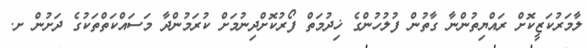
ލާމަރުކަޒީކޮށް ރައްޔިތުންނާ ގާތުން ފުލުހުންގެ ޚިދުމަތް ފޯރުކޮށްދިނުމަށް ކުރަމުންދާ މަސައްކަތްތަކުގެ ދަށުން ށ.